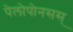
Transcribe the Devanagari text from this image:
पेलोपोनसस्‌